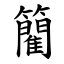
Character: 䉮